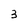
Character: 3